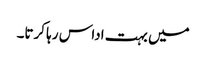
میں بہت اداس رہا کرتا۔